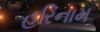
હરિનામ